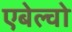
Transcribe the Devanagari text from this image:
एबेल्वो